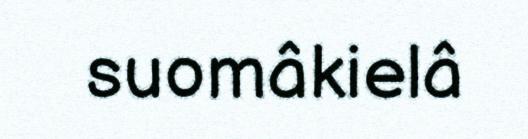
suomâkielâ